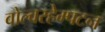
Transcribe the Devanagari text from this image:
वोल्वरहेम्पटन